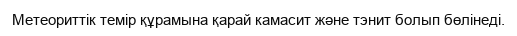
Метеориттік темір құрамына қарай камасит және тэнит болып бөлінеді.